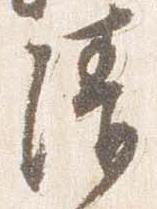
清